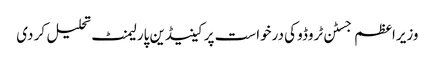
وزیراعظم جسٹن ٹروڈو کی درخواست پر کینیڈین پارلیمنٹ تحلیل کر دی